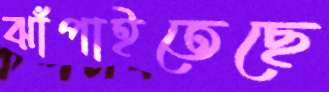
ঝাঁপাইতেছে